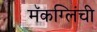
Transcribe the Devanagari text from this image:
मॅकग्लिंची